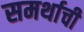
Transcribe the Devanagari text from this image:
समर्थाची